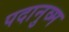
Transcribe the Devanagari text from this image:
पदानुव्म